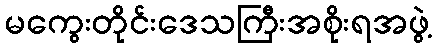
မကွေးတိုင်းဒေသကြီးအစိုးရအဖွဲ့